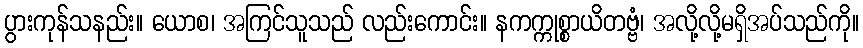
ပွားကုန်သနည်း။ ယောစ၊ အကြင်သူသည် လည်းကောင်း။ နကက္ကုစ္စာယိတဗ္ဗံ၊ အလို့လို့မရှိအပ်သည်ကို။